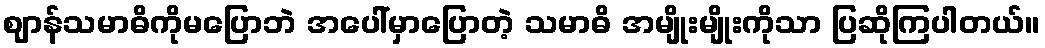
ဈာန်သမာဓိကိုမပြောဘဲ အပေါ်မှာပြောတဲ့ သမာဓိ အမျိုးမျိုးကိုသာ ပြဆိုကြပါတယ်။